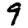
Digit: 9